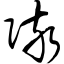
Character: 陔